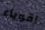
اقوياء